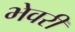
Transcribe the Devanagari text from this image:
भेवरी